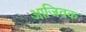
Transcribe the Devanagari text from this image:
आजिवक